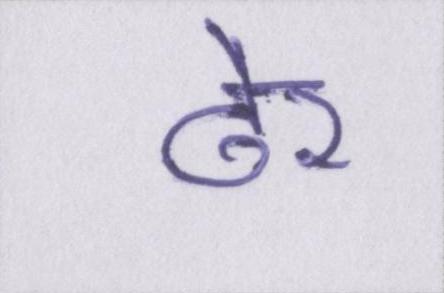
ढेर